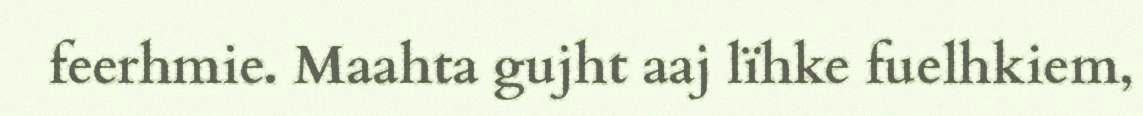
feerhmie. Maahta gujht aaj lïhke fuelhkiem,